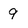
Character: 9